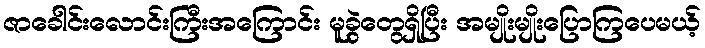
ဇာခေါင်းလောင်းကြီးအကြောင်း မူခွဲတွေရှိပြီး အမျိုးမျိုးပြောကြပေမယ့်